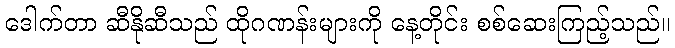
ဒေါက်တာ ဆီနိုဆီသည် ထိုဂဏန်းများကို နေ့တိုင်း စစ်ဆေးကြည့်သည်။